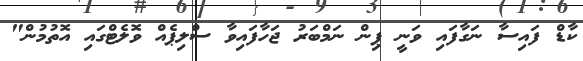
ކާޑް ފައިސާ ނަގާފައި ވަނީ ޕިން ނަމްބަރު ޖަހާފައިވާ ސްލިޕެއް ވޮލެޓްގައި އޮތުމުން"